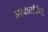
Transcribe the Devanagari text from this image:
आघातचिन्ह